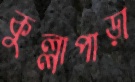
কুল্লাপাড়া